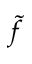
\widetilde { f }